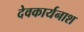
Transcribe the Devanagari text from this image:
देवकार्यनाश